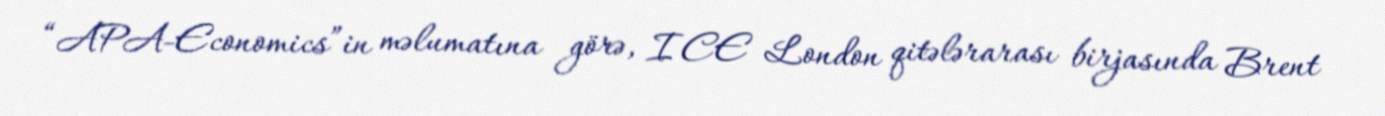
“APA-Economics”in məlumatına görə, ICE London qitələrarası birjasında Brent